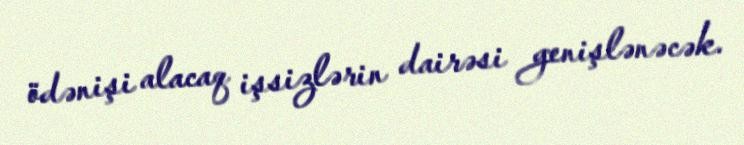
ödənişi alacaq işsizlərin dairəsi genişlənəcək.